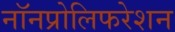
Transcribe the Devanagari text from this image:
नॉनप्रोलिफरेशन